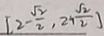
[ 2 - \frac { \sqrt { 2 } } { 2 } , 2 + \frac { \sqrt { 2 } } { 2 } ]